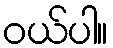
ဝယ်ပါ။